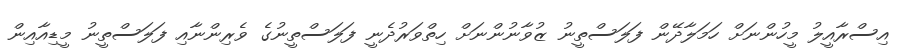
އިސްރާއީލު މީހުންނަށް ހަމަލާދޭން ފަލަސްތީނު ޒުވާނުންނަށް ހިތްވަރުދެނީ ފަލަސްތީނުގެ ވެރިންނާއި ފަލަސްތީނު މީޑިއާއިން